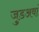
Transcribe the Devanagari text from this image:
जुडअवां